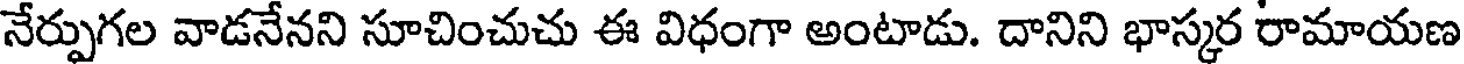
నేర్పుగల వాడనేనని సూచించుచు ఈ విధంగా అంటాడు. దానిని భాస్కర రామాయణ